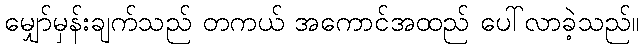
မျှော်မှန်းချက်သည် တကယ် အကောင်အထည် ပေါ်လာခဲ့သည်။